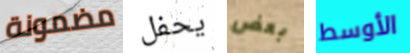
مضمونة يحفل بعض الأوسط